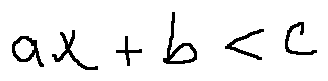
a x + b < c